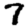
Digit: 7